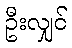
ဦးလျှင်